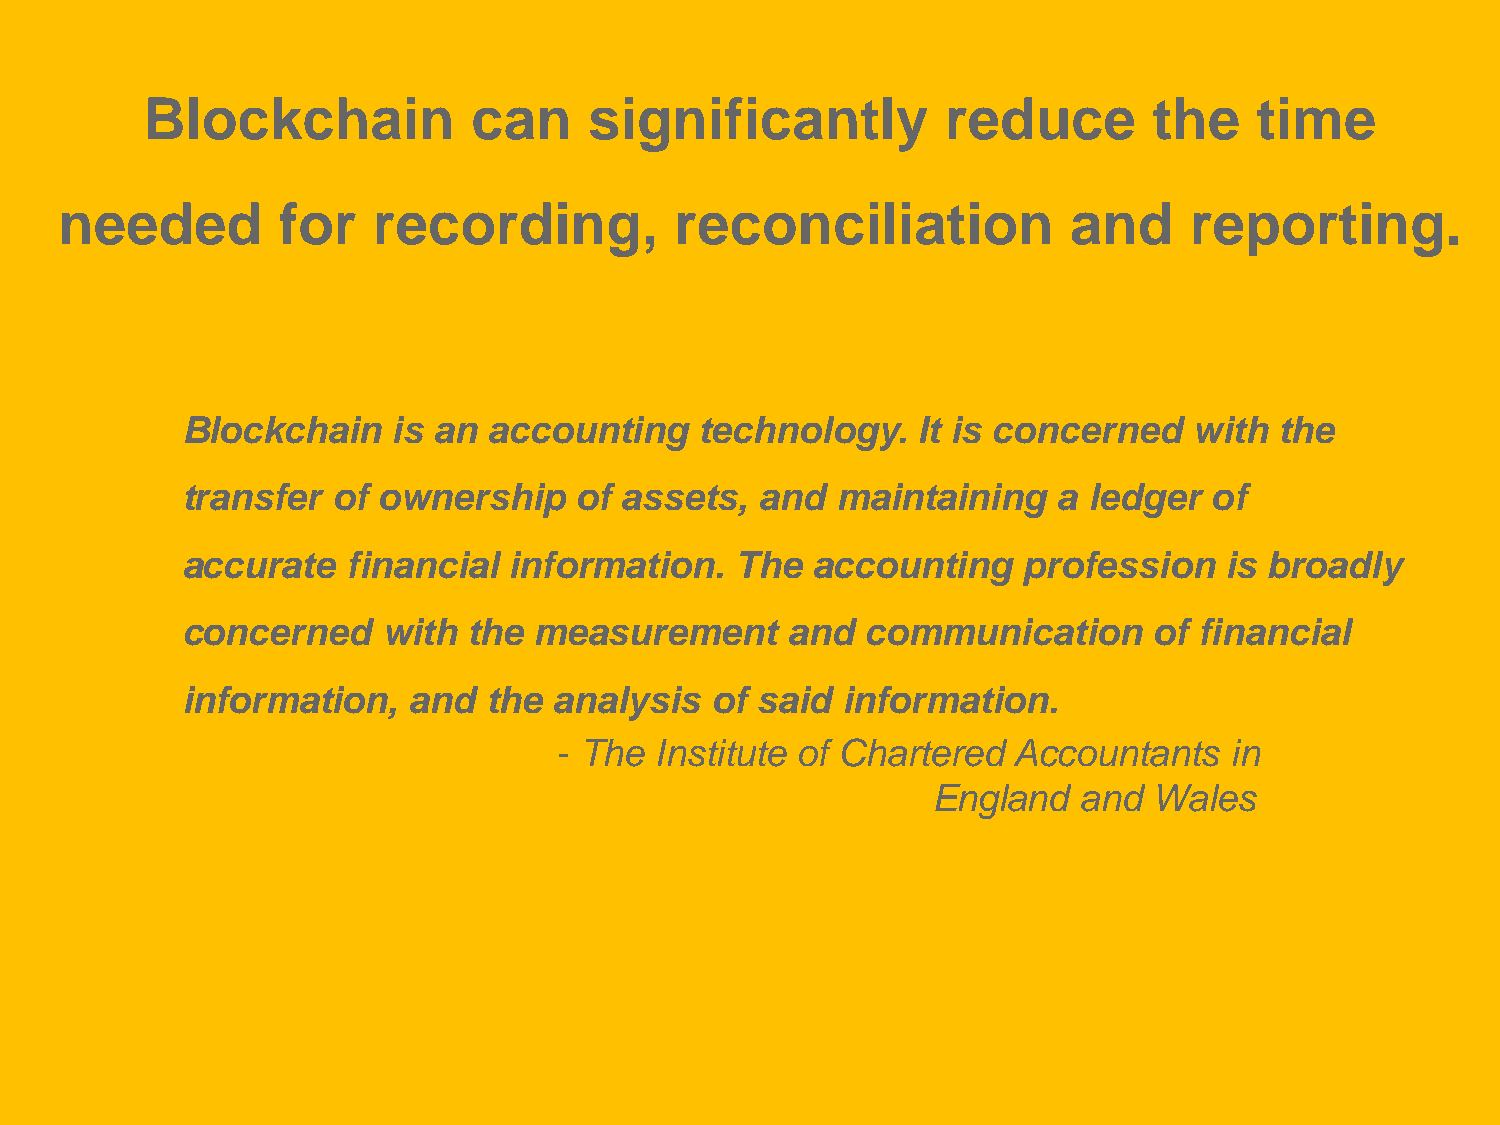
Blockchain           can     significantly           reduce       the    time
 needed        for    recording,          reconciliation            and     reporting.
 Blockchain    is an accounting    technology.    It is concerned   with  the
 transfer  of ownership    of assets,  and  maintaining    a ledger  of
 accurate   financial  information.   The  accounting    profession   is broadly
 concerned    with  the measurement      and  communication      of financial
 information,   and  the  analysis  of said  information.
 - The Institute of Chartered  Accountants   in
 England  and  Wales
 © Wipfli LLP